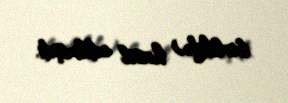
birlikdə) hasil edilmişdi.